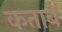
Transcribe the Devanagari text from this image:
कताबें